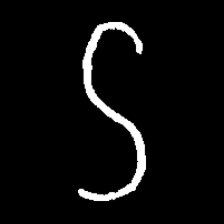
Pyu character \u2014 Myanmar letter: ဌ (romanized: ttha)